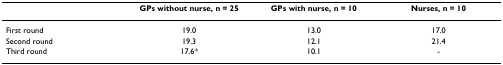
|  | GPs without nurse, n = 25 | GPs with nurse, n = 10 | Nurses, n = 10 |
 | --- | --- | --- | --- |
 | First round | 19.0 | 13.0 | 17.0 |
 | Second round | 19.3 | 12.1 | 21.4 |
 | Third round | 17.6* | 10.1 | - |